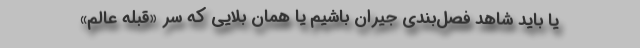
یا باید شاهد فصل‌بندی جیران باشیم یا همان بلایی که سر «قبله عالم»